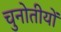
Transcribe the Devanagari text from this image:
चुनोतीयों